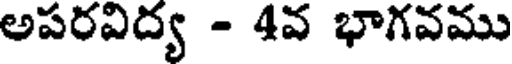
అపరవిద్య - 4వ భాగవము